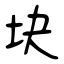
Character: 块